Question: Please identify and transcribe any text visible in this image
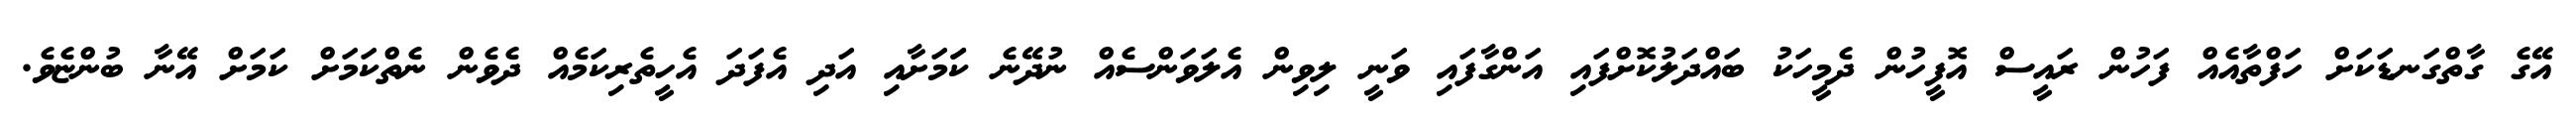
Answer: އޭގެ ގާތްގަނޑަކަށް ހަފްތާއެއް ފަހުން ރައީސް އޮފީހުން ދެމީހަކު ބައްދަލުކޮށްފައި އަންގާފައި ވަނީ ލިވިން އެލަވަންސެއް ނުދޭނެ ކަަމަށާއި އަދި އެފަދަ އެހީތެރިކަމެއް ދެވެން ނެތްކަމަށް ކަމަށް އޭނާ ބުންޏެވެ.